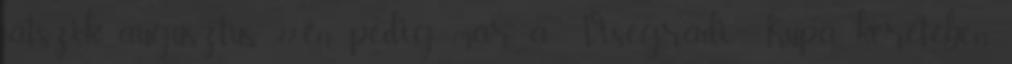
játszik, augusztus 22-én pedig már a Visegrádi Kupa keretében